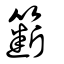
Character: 簖